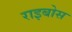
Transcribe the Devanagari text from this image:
राइबोस